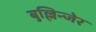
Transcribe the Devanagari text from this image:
बुल्लिन्जेर